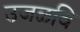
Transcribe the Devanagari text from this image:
उजळवि